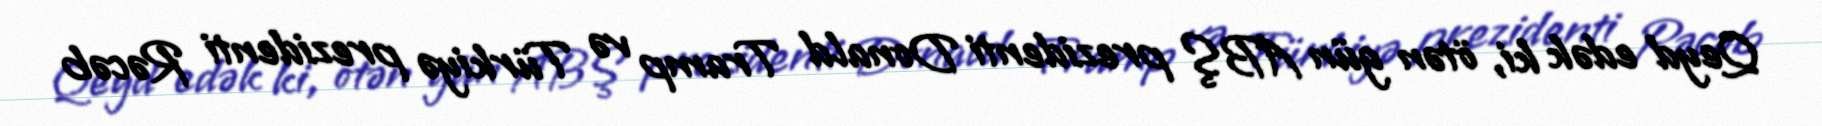
Qeyd edək ki, ötən gün ABŞ prezidenti Donald Tramp və Türkiyə prezidenti Rəcəb